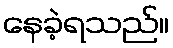
နေခဲ့ရသည်။